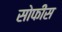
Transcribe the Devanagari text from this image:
सोफीस